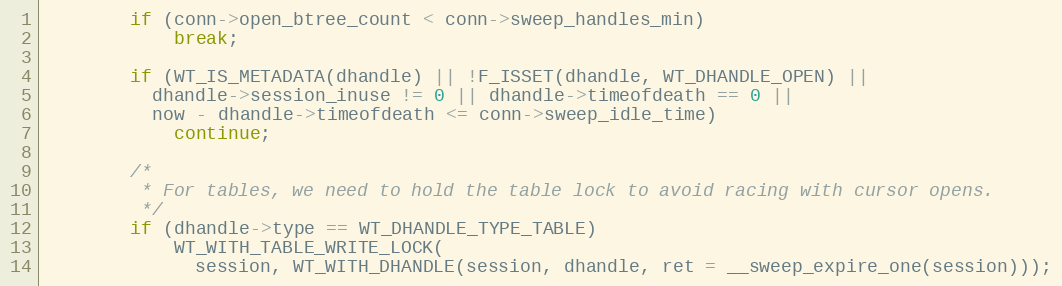
Language: C
        if (conn->open_btree_count < conn->sweep_handles_min)
            break;

        if (WT_IS_METADATA(dhandle) || !F_ISSET(dhandle, WT_DHANDLE_OPEN) ||
          dhandle->session_inuse != 0 || dhandle->timeofdeath == 0 ||
          now - dhandle->timeofdeath <= conn->sweep_idle_time)
            continue;

        /*
         * For tables, we need to hold the table lock to avoid racing with cursor opens.
         */
        if (dhandle->type == WT_DHANDLE_TYPE_TABLE)
            WT_WITH_TABLE_WRITE_LOCK(
              session, WT_WITH_DHANDLE(session, dhandle, ret = __sweep_expire_one(session)));